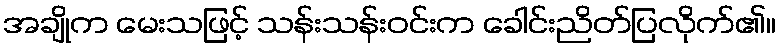
အချိုက မေးသဖြင့် သန်းသန်းဝင်းက ခေါင်းညိတ်ပြလိုက်၏။